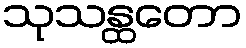
သုသန္ထတော